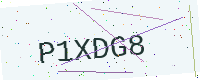
Text: P1XDG8